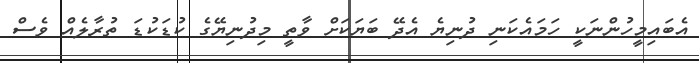
އެބައިމީހުންނަކީ ހަމައެކަނި ދުނިޔެ އެދޭ ބަޔަކަށް ވާތީ މިދުނިޔޭގެ ކުޑަކުޑަ ތުރާލެއް ވެސް